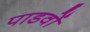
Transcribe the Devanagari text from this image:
पाडवों